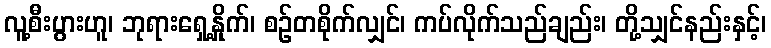
လူ့စီးပွားဟူ၊ ဘုရားရှေ့နှိုက်၊ စဉ်တစိုက်လျှင်၊ ကပ်လိုက်သည်ချည်း၊ တို့သျှင်နည်းနှင့်၊